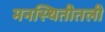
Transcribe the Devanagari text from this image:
मनस्थितीतली